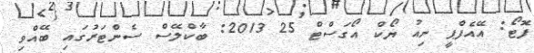
ފޮޓޯ: އޭއެފްޕީ ނިއު ޔޯކް އޯގަސްޓް 25 2013: ބާކްލޭސް ސެންޓަރުގައި ބޭއްވި